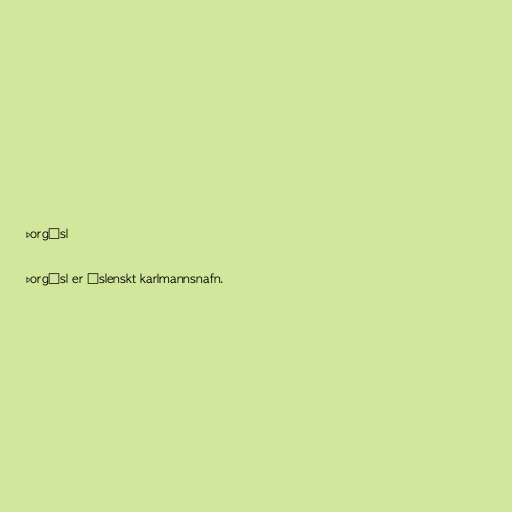
Þorgísl

Þorgísl er íslenskt karlmannsnafn.